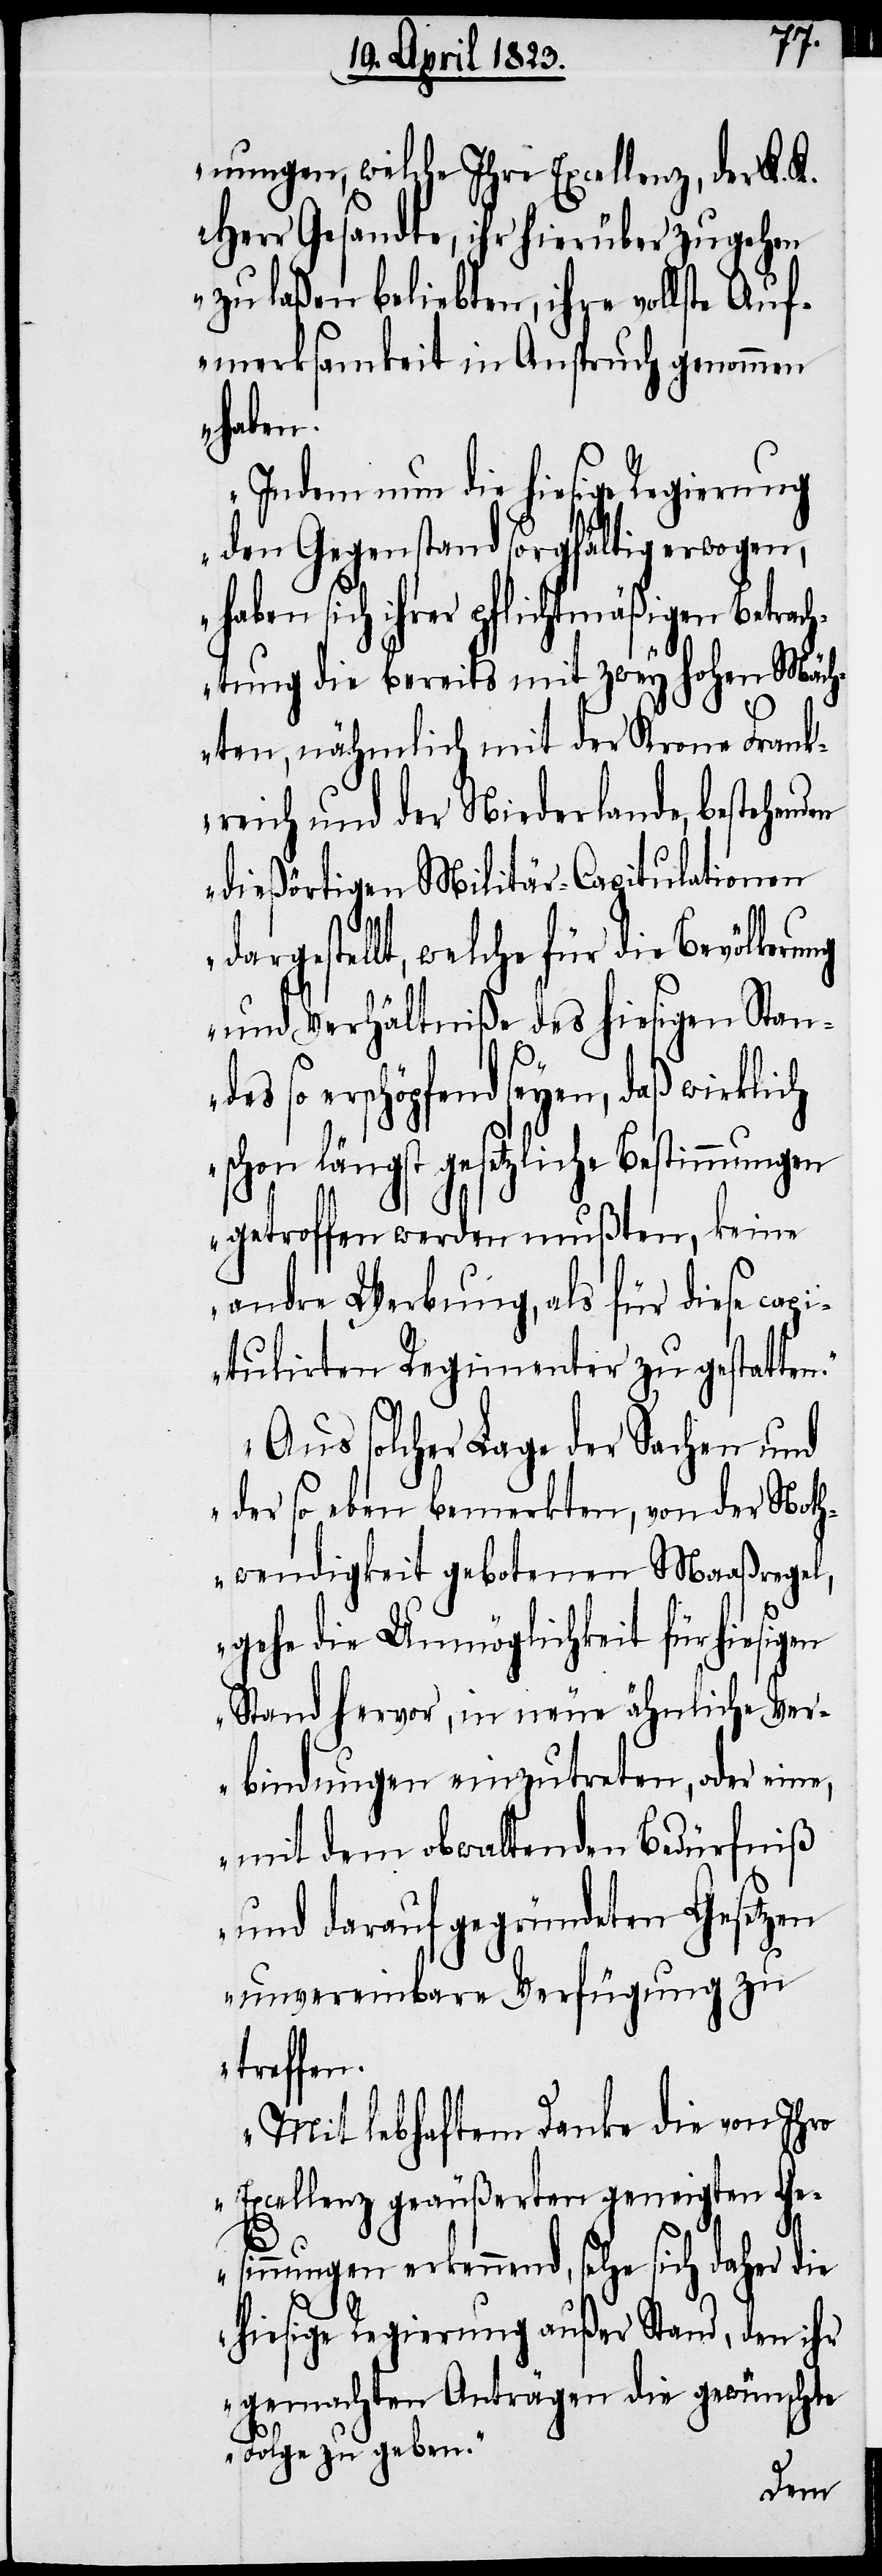
nungen, welche Ihre Excellenz, der K. K.
Herr Gesandte, ihr hierüber zugehen
zu laßen beliebten, ihre vollste Auf¬
merksamkeit in Anspruch genommen
haben.
Indem nun die hiesige Regierung
den Gegenstand sorgfältig erwogen,
haben sich ihrer pflichtmäßigen Betrac¬
htung die bereits mit zwey hohen Mäch¬
ten, nähmlich mit der Krone Frank¬
reich und der Niederlande, bestehenden
dießörtigen Militär-Capitulationen
n.“
dargestellt, welche für die Bevölkerung
und Verhältniße des hiesigen Stan¬
so erschöpfend seyen, daß wirklich
schon längst gesetzliche Bestimmungen
getroffen werden mußten, keine
andre Werbung, als für diese cap¬
itulirten Regimenter zu gestatte¬
„Aus solcher Lage der Sachen und
der so eben bemerkten, von der Noth¬
wendigkeit gebotenen Maaßregel,
gehe die Unmöglichkeit für hiesigen
Stand hervor, in neue ähnliche Ver¬
bindungen einzutreten, oder eine,
mit dem obwaltenden Bedürfniß
und darauf gegründeten Gesetzen
unvereinbare Verfügung zu
treffen.
Mit lebhaftem Danke die von Ihro
Excellenz geäußerten geneigten Ge¬
sinnungen erkennend, sehe sich daher die
hiesige Regierung außer Stand, den ihr
gemachten Anträgen die gewünschte
Folge zu geben.“